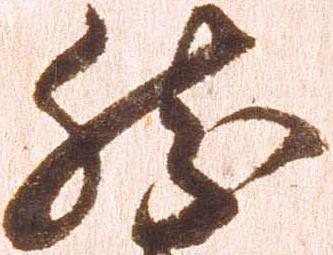
然